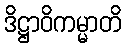
ဒိဋ္ဌာဝိကမ္မာတိ